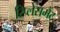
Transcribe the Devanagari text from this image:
रिप्लेसमैंट